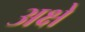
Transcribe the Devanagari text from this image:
अक्षे